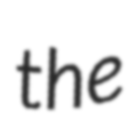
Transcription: the